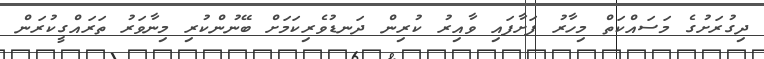
ދިގުރަށުގެ މަސައްކަތް މިހާރު ފަށާފައި ވާއިރު ކުރިން ދަނޑުވެރިކަމަށް ބޭނުންކުރި މިނާވަރު ތަރައްގީކުރަން